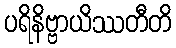
ပရိနိဗ္ဗာယိဿတီတိ